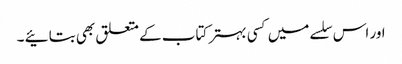
اور اس سلسے میں کسی بہتر کتاب کے متعلق بھی بتائیے ۔